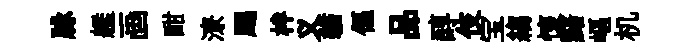
脉艦画酣潦颸柈义貓傴品醇伎宝縐懷黯嶇机